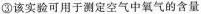
③该实验可用于测定空气中氧气的含量